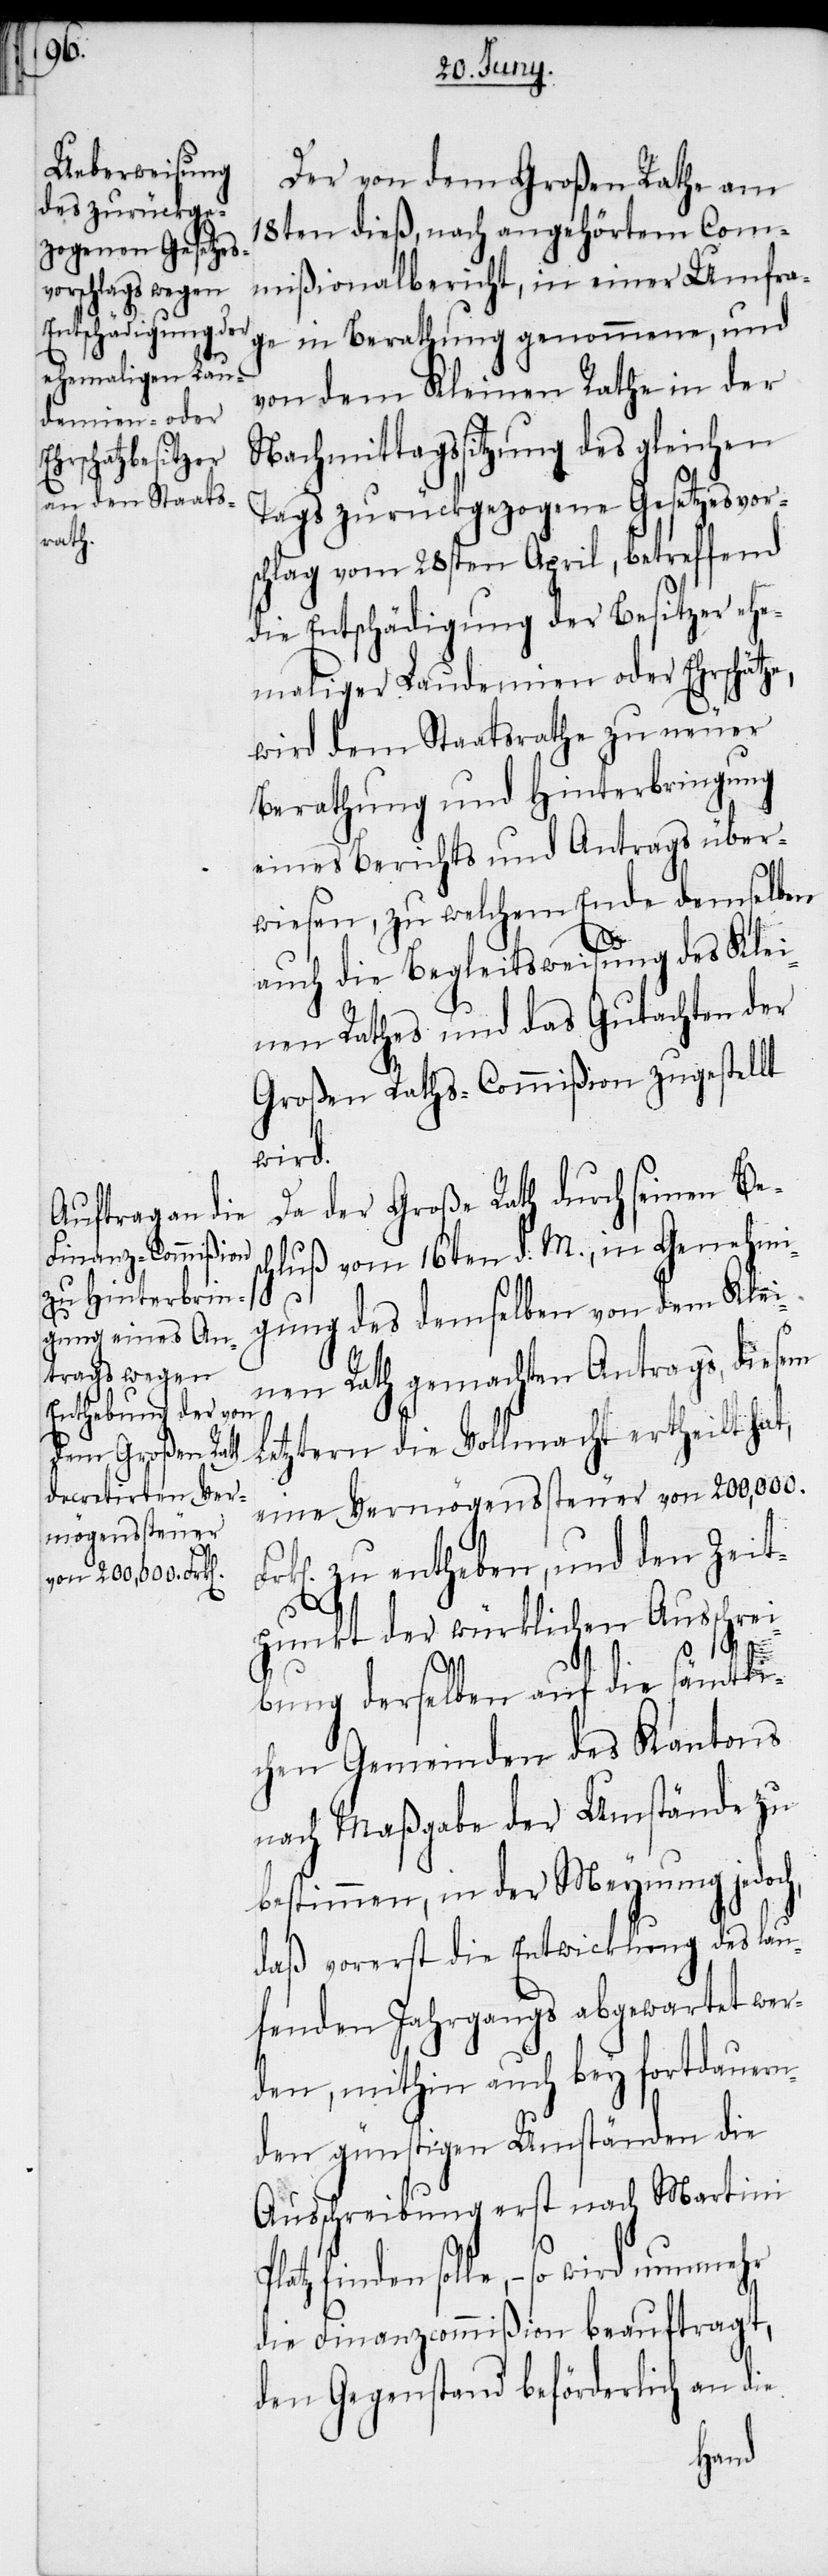
Der von dem Großen Rathe am
18ten dieß, nach angehörtem Com¬
mißionalbericht, in einer Umfra¬
ge in Berathung genommene, und
von dem Kleinen Rathe in der
Nachmittagssitzung des gleichen
Tags zurückgezogene Gesetzesvor¬
schlag vom 28sten April, betreffend
die Entschädigung der Besitzer ehe¬
maliger Laudemien oder Ehrschät¬
wird dem Staatsrathe zu neuer
Berathung und Hinterbringung
eines Berichts und Antrags über¬
wiesen, zu welchem Ende demselben
auch die Begleitsweisung des Klei¬
nen Rathes und das Gutachten der
Großen Raths-Commißion zugestellt
wird.
Da der Große Rath durch seinen Bes¬
chluß vom 16ten d. M., in Genehmi¬
t,
gung des demselben von dem Klei¬
nen Rath gemachten Antrags, diesem
letztern die Vollmacht ertheilt ha¬
eine Vermögenssteuer von 200,000.
zu entheben, und den Zeit¬
punkt der würklichen Ausschrei¬
ze,
bung derselben auf die sämtli¬
chen Gemeinden des Kantons
nach Maßgabe der Umstände zu
bestimmen, in der Meynung jedoch,
daß vorerst die Entwicklung des lau¬
fenden Jahrgangs abgewartet wer¬
den, mithin auch bey fortdauern¬
den günstigen Umständen die
Ausschreibung erst nach Martini
solle, − so wird nunmehr
die Finanzcommißion beauftragt,
den Gegenstand beförderlich an die